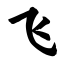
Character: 飞